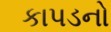
કાપડનો